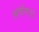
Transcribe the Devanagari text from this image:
अर्चनाएं